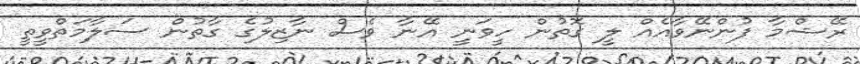
ރޭޝްމާ ފުންނޭވާއެއް ލީ ގޮތުން ހީވަނީ އޭނާ ވެސް ނާޒިލުގެ ގާތުން ސަލާމަތްވީތީ